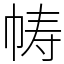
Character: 帱